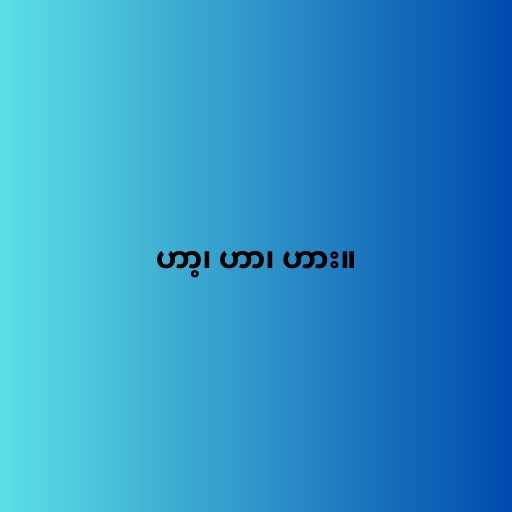
ဟာ့၊ ဟာ၊ ဟား။